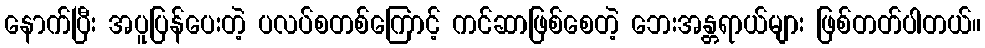
နောက်ပြီး အပူပြန်ပေးတဲ့ ပလပ်စတစ်ကြောင့် ကင်ဆာဖြစ်စေတဲ့ ဘေးအန္တရာယ်များ ဖြစ်တတ်ပါတယ်။